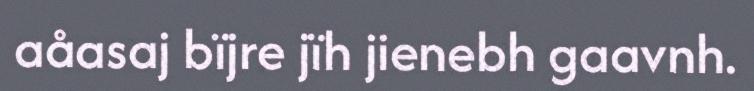
aåasaj bïjre jïh jienebh gaavnh.